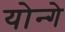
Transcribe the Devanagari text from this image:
योन्गे